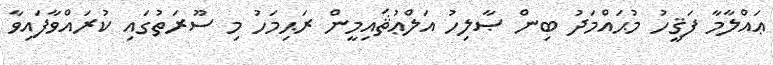
ޢައްލާމާ ފަޤީހު މުޙައްމަދު ބިން ޞާލިހު އަލްޢުޘައިމީން ރަޙިމަހު މި ސޫރަތުގައި ކުރައްވާފައިވާ